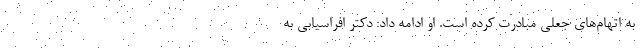
به اتهام‌های جعلی مبادرت کرده است. او ادامه داد: دکتر افراسیابی به